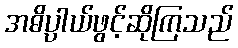
အဓိပ္ပာယ်ဖွင့်ဆိုကြသည်